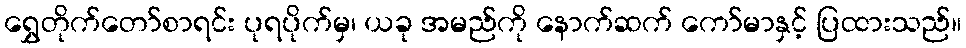
ရွှေတိုက်တော်စာရင်း ပုရပိုက်မှ၊ ယခု အမည်ကို နောက်ဆက် ကော်မာနှင့် ပြထားသည်။